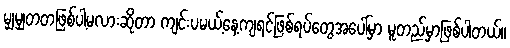
မျှမျှတတဖြစ်ပါ့မလားဆိုတာ ကျင်းပမယ့်နေ့ကျရင်ဖြစ်ရပ်တွေအပေါ်မှာ မူတည်မှာဖြစ်ပါတယ်။